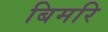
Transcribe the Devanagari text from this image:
बिमरि